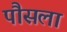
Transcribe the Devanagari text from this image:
पौसला